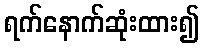
ရက်နောက်ဆုံးထား၍